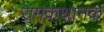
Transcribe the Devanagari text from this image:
रामकथानक